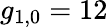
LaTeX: g_{1,0}=12